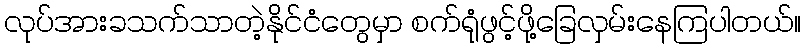
လုပ်အားခသက်သာတဲ့နိုင်ငံတွေမှာ စက်ရုံဖွင့်ဖို့ခြေလှမ်းနေကြပါတယ်။